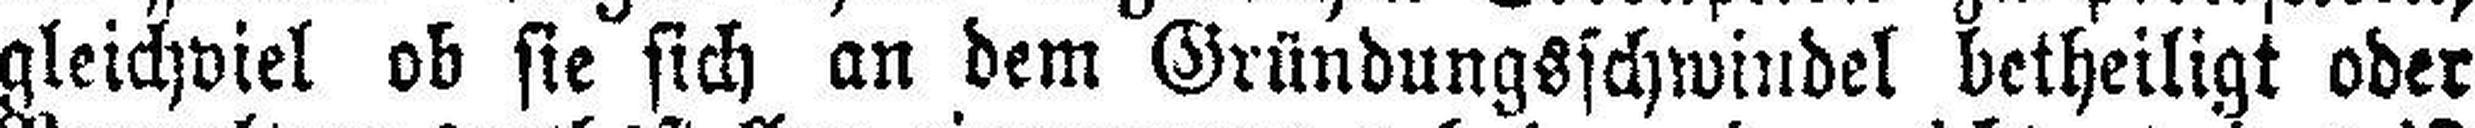
gleichviel ob sie sich an dem Gründungsschwindel betheiligt oder